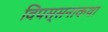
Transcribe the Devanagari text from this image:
विपस्सनाकथा